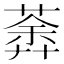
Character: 𦹍